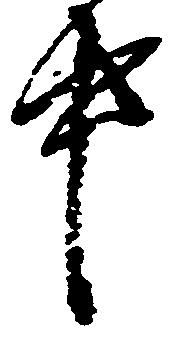
中